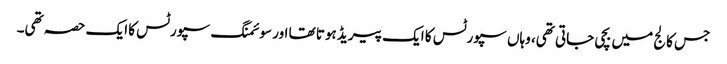
جس کالج میں بچی جاتی تھی، وہاں سپورٹس کا ایک پیریڈ ہوتا تھا اور سوئمنگ سپورٹس کا ایک حصہ تھی۔